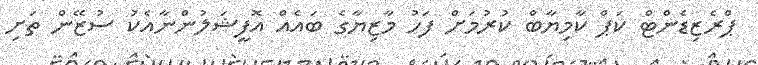
ޕްރެޒިޑެންޓް ކަޕް ކާމިޔާބް ކުރުމަށް ފަހު މާޒިޔާގެ ބައެއް އޮފީޝަލުންނާއެކު ސުޒޭން ތަށި